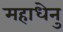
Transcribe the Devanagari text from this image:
महाधेनु